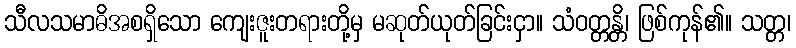
သီလသမာဓိအစရှိသော ကျေးဇူးတရားတို့မှ မဆုတ်ယုတ်ခြင်းငှာ။ သံဝတ္တန္တိ၊ ဖြစ်ကုန်၏။ သတ္တ၊